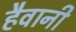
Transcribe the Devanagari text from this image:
हैवानी